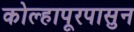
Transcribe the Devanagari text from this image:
कोल्हापूरपासुन